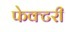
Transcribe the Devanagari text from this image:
फेक्टरी